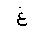
Letter: _gayn